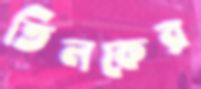
তিলকের